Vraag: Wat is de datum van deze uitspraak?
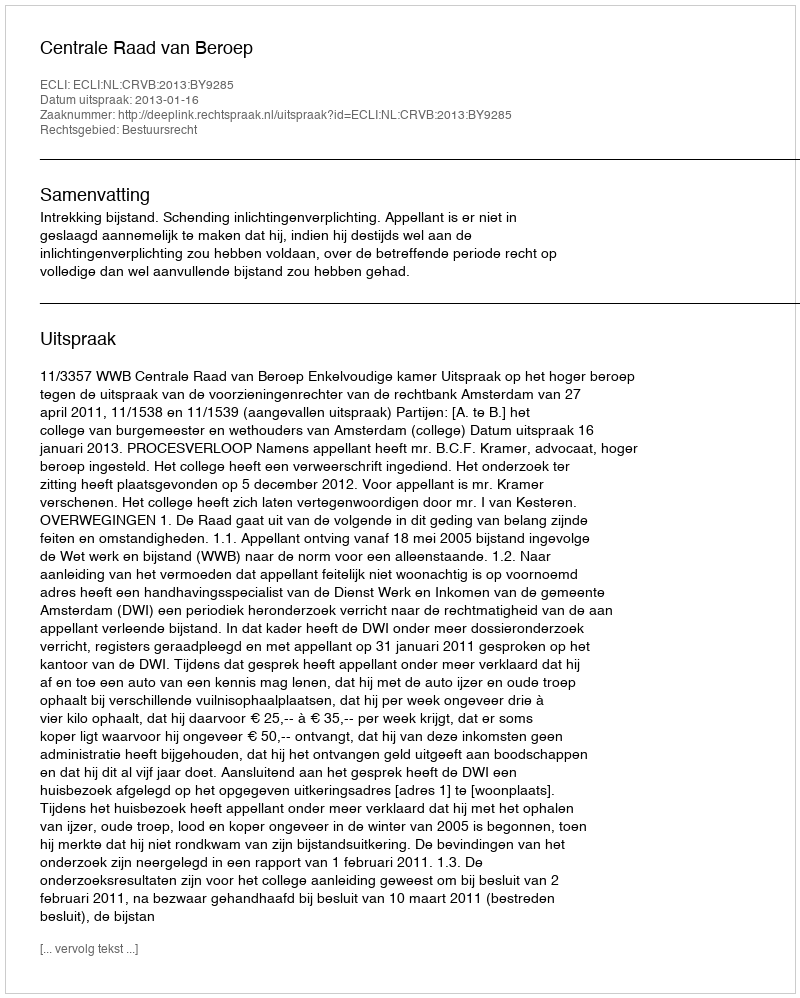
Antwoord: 2013-01-16